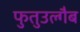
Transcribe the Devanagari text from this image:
फुतुउल्गैब